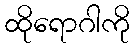
ထိုရောဂါကို